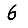
Digit: 6